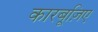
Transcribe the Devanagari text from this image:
कारबूज़िए